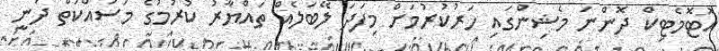
އޮޓޮމެޓިކް ދޮންނަ މެޝިންގައި ހަރުކުރުމަށް މިފަދަ ލޭބަލެއް ތައްޔާރު ކުރުމުގެ މަސައްކަތް ދަނީ